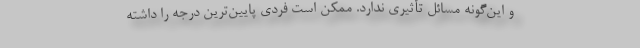
و این‌گونه مسائل تأثیری ندارد. ممکن است فردی پایین‌ترین درجه را داشته